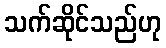
သက်ဆိုင်သည်ဟု